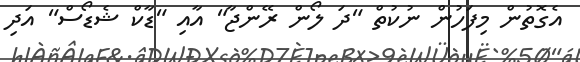
އެގޮތުން މިފަހުން ނުކުތް "ދަ ލޯން ރޭންޖާ" އާއި "ޑާކް ޝެޑޯސް" އަދި